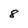
Character: 8